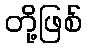
တို့ဖြစ်